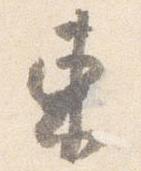
東